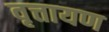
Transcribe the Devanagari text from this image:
वृत्तायण